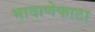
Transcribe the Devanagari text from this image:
भादाणेफाटा